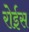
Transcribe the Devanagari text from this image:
रोईस